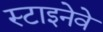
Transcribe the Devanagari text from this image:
स्टाइनेवे